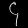
Digit: ၄